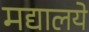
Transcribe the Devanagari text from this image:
मद्यालये